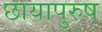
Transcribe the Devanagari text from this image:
छायापुरुष